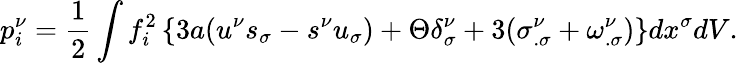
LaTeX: p_{i}^{\nu}=\frac{1}{2}\int f_{i}^{2}\left\{ 3a(u^{\nu}s_{\sigma}-s^{\nu}u_{\sigma})+\Theta\delta_{\sigma}^{\nu}+3(\sigma_{.\sigma}^{\nu}+\omega_{.\sigma}^{\nu})\right\} dx^{\sigma}dV.